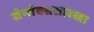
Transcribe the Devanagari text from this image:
सेन्सेक्ससारखा